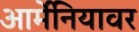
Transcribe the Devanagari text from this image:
आर्मेनियावर